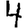
Digit: 4